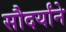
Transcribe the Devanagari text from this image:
सौदर्यांने